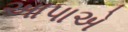
આપાએ